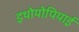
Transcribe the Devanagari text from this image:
इथोयोपियाई